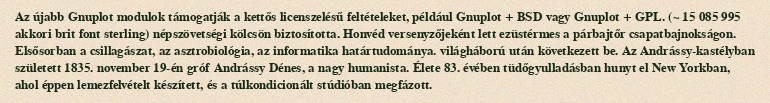
Az újabb Gnuplot modulok támogatják a kettős licenszelésű feltételeket, például Gnuplot + BSD vagy Gnuplot + GPL. (~ 15 085 995 akkori brit font sterling) népszövetségi kölcsön biztosította. Honvéd versenyzőjeként lett ezüstérmes a párbajtőr csapatbajnokságon. Elsősorban a csillagászat, az asztrobiológia, az informatika határtudománya. világháború után következett be. Az Andrássy-kastélyban született 1835. november 19-én gróf Andrássy Dénes, a nagy humanista. Élete 83. évében tüdőgyulladásban hunyt el New Yorkban, ahol éppen lemezfelvételt készített, és a túlkondicionált stúdióban megfázott.